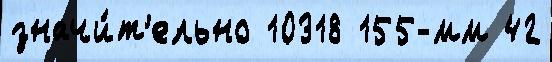
значи́т'ельно 10318 155-мм 42